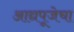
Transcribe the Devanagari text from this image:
आद्यपूजेचा